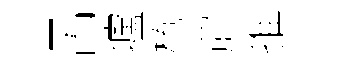
呂壚棬罽推